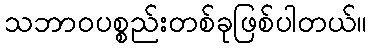
သဘာဝပစ္စည်းတစ်ခုဖြစ်ပါတယ်။